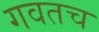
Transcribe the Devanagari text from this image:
गवतच